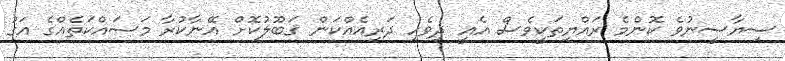
ސިޔާސީނުވެ ކޮންމެ ރައްޔިތަކީވެސް އެއީ ދިވެހި ދަރިއެއްކަން ޤަބޫލުކޮށް އޭނާކުރާ މަސައްކަތެއްގެ އަގު